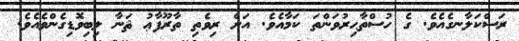
ރަސްކަލާނގެއެވެ. ގެ ހުސްތާޙިރުވަންތަ ކަމާއެވެ. އަށް ރިވެތި ތާރޫފާޢު ޘަނާ ލިބިވޮޑިގެންވެއެވެ.